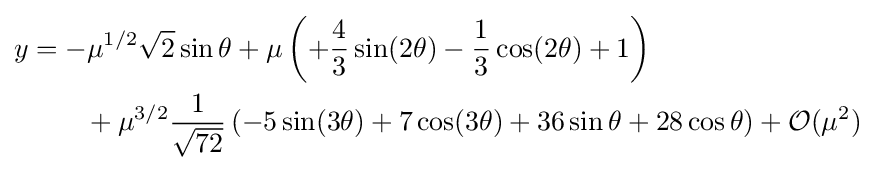
{\begin{aligned}y&=-\mu ^{1/2}{\sqrt {2}}\sin \theta +\mu \left(+{\frac {4}{3}}\sin(2\theta )-{\frac {1}{3}}\cos(2\theta )+1\right)\\&\qquad +\mu ^{3/2}{\frac {1}{\sqrt {72}}}\left(-5\sin(3\theta )+7\cos(3\theta )+36\sin \theta +28\cos \theta \right)+{\mathcal {O}}(\mu ^{2})\end{aligned}}